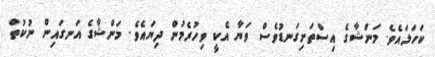
ކަހަލައެވެ. މަންޝާގެ އިސްތަށިގަނޑުވެސް ވަޔާ އެކީ ވިހުރެމުން ދިޔައެވެ. މަންޝާގެ އަނގައިން ނުކުތް